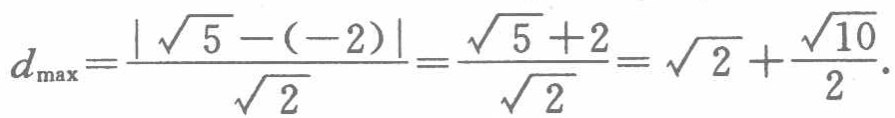
\[d_{\max}=\frac{\vert\sqrt{5}-(-2)\vert}{\sqrt{2}}=\frac{\sqrt{5}+2}{\sqrt{2}}=\sqrt{2}+\frac{\sqrt{10}}{2}.\]